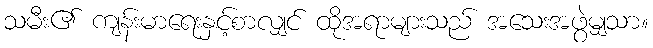
သမီး၏ ကျန်းမာရေးနှင့်စာလျှင် ထိုအရာများသည် အသေးအဖွဲမျှသာ။